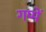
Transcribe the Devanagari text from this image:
गप्पें